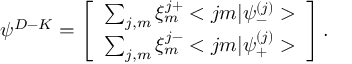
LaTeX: { \psi } ^ { D - K } = \left[ \begin{array} { c } { { \sum _ { j , m } \xi _ { m } ^ { j + } < j m | { \psi } _ { - } ^ { ( j ) } > } } \\ { { \sum _ { j , m } \xi _ { m } ^ { j - } < j m | { \psi } _ { + } ^ { ( j ) } > } } \end{array} \right] .